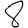
Digit: 8